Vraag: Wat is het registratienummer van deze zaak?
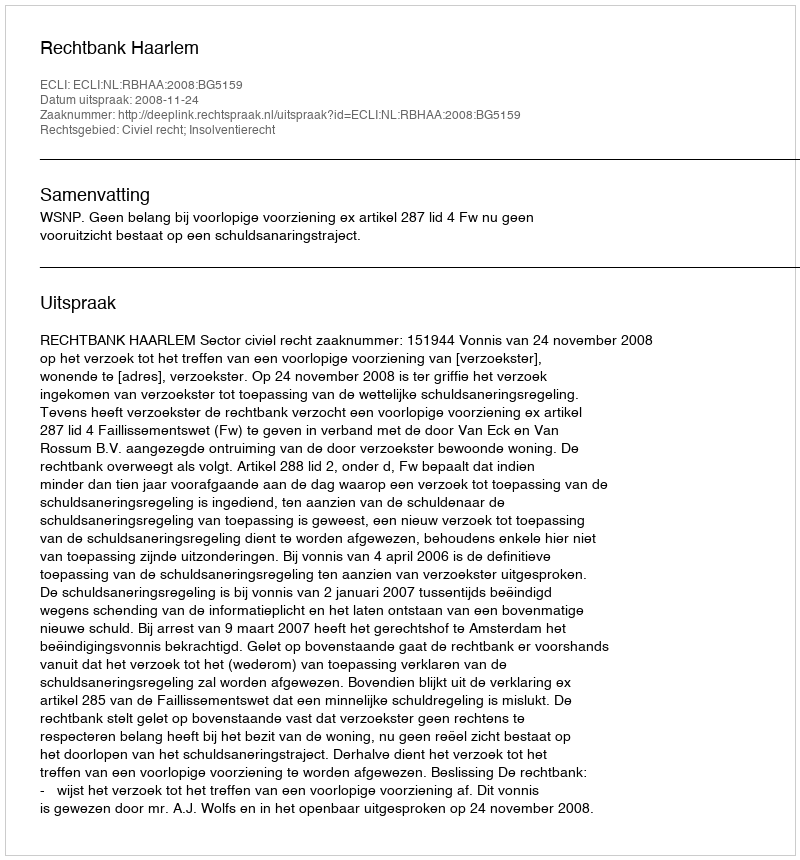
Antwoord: http://deeplink.rechtspraak.nl/uitspraak?id=ECLI:NL:RBHAA:2008:BG5159